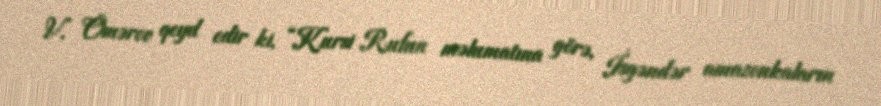
V. Ömərov qeyd edir ki, “Kursi Rufun məlumatına görə, İsgəndər amazonkaların